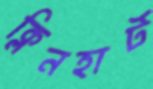
ক্লিনহার্ট